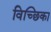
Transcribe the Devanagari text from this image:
विच्छिका